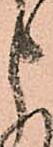
申